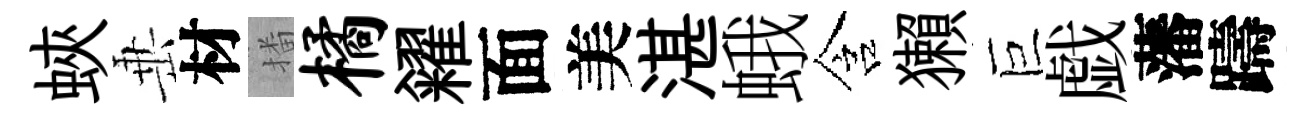
蛺𡸁材播橘糴面美湛蛾含獺巨戯藩躊